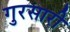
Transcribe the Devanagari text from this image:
गुरसारी